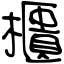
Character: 櫃